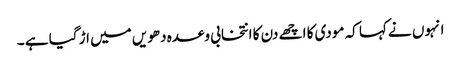
انہوں نے کہا کہ مودی کا اچھے دن کا انتخابی وعدہ دھویں میں اڑ گیا ہے ۔